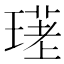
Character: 𤨛